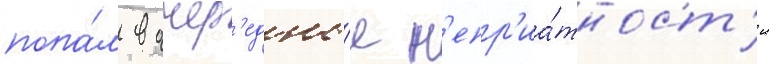
попа́л в очер'едны́е н'епр'иа́тност'и